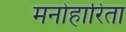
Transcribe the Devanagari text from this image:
मनोहारिता